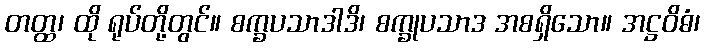
တတ္ထ၊ ထို ရုပ်တို့တွင်။ စက္ခပသာဒါဒိ၊ စက္ခုပသာဒ အစရှိသော။ အဋ္ဌဝိဓံ၊